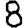
Digit: 8